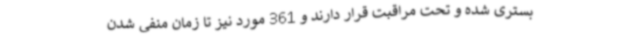
بستری شده و تحت مراقبت قرار دارند و 361 مورد نیز تا زمان منفی شدن